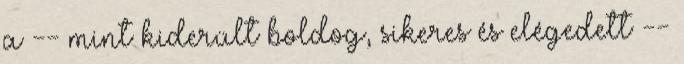
a -- mint kiderült boldog, sikeres és elégedett --